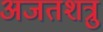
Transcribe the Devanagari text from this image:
अजतशत्रु